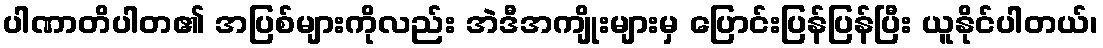
ပါဏာတိပါတ၏ အပြစ်များကိုလည်း အဲဒီအကျိုးများမှ ပြောင်းပြန်ပြန်ပြီး ယူနိုင်ပါတယ်၊